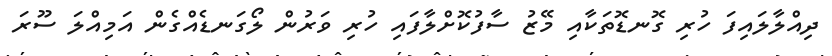
ދިއްލާލައިފަ ހުރި ގޮނޑޮތަކާއި މޭޒު ސާފުކޮށްލާފައި ހުރި ވަރުން ލޯގަނޑެއްގެން އަމިއްލަ ސޫރަ